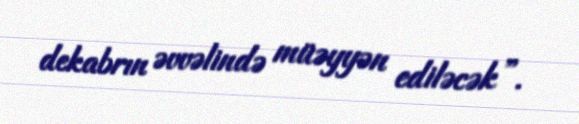
dekabrın əvvəlində müəyyən ediləcək”.